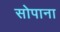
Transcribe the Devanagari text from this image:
सोपाना